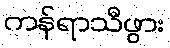
ကန်ရာသီဖွား